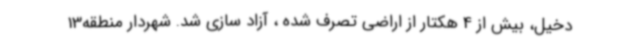
دخیل، بیش از 4 هکتار از اراضی تصرف شده ، آزاد سازی شد. شهردار منطقه13